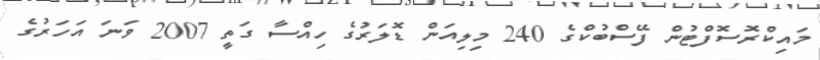
މައިކްރޮސޮފްޓުން ފޭސްބުކްގެ 240 މިލިއަން ޑޮލަރުގެ ހިއްސާ ގަތީ 2007 ވަނަ އަހަރުގެ